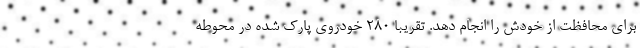
برای محافظت از خودش را انجام دهد. تقریبا 280 خودروی پارک شده در محوطه